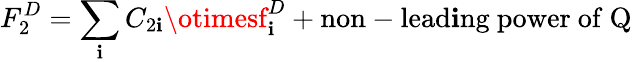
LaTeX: F_{2}^{D}=\sum_{\mathbf{i}}C_{2\mathbf{i}}\otimesf_{\mathbf{i}}^{D}+\mathrm{{non-lead\mathbf{i}ng~power~of~Q}}